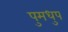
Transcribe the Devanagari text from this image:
पुमधुप